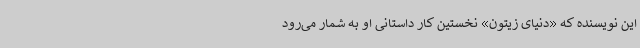
این نویسنده که «دنیای زیتون» نخستین کار داستانی او به شمار می‌رود